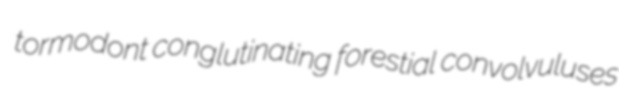
tormodont conglutinating forestial convolvuluses